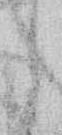
よ